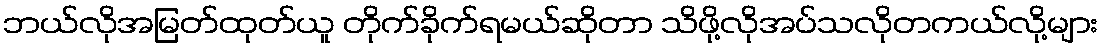
ဘယ်လိုအမြတ်ထုတ်ယူ တိုက်ခိုက်ရမယ်ဆိုတာ သိဖို့လိုအပ်သလိုတကယ်လို့များ